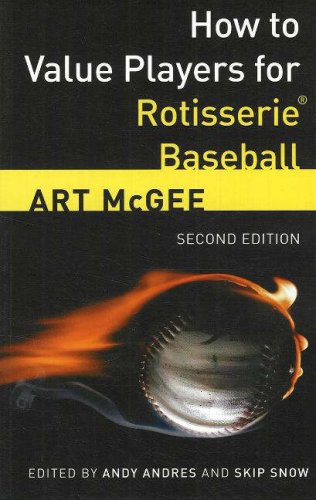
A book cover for How to Value Players for Rotisserie Baseball; Art Mcgee; Humor & Entertainment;